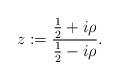
LaTeX: \begin{align*}z:=\frac{\frac{1}{2}+i\rho}{\frac{1}{2}-i\rho}. \end{align*}